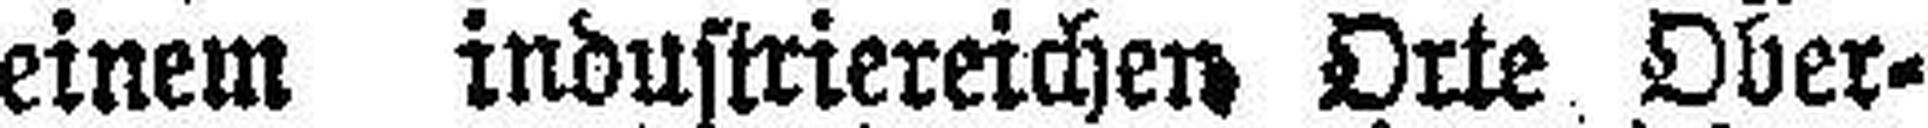
einem industriereichen Orte Ober¬